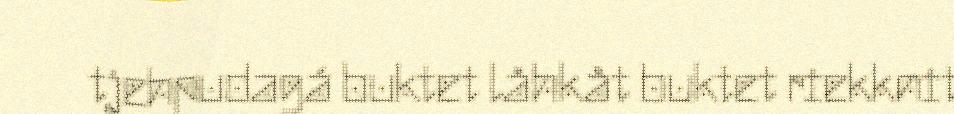
tjehpudagá buktet låhkåt buktet riekknit